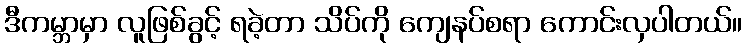
ဒီကမ္ဘာမှာ လူဖြစ်ခွင့် ရခဲ့တာ သိပ်ကို ကျေနပ်စရာ ကောင်းလှပါတယ်။